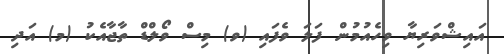
އައިޝްވަރިޔާ ވިހެއުމުން ފަލަ ވެފައި (ވ) މިސް ވޯލްޑް ތާޖާއެކު (މ) އަދި